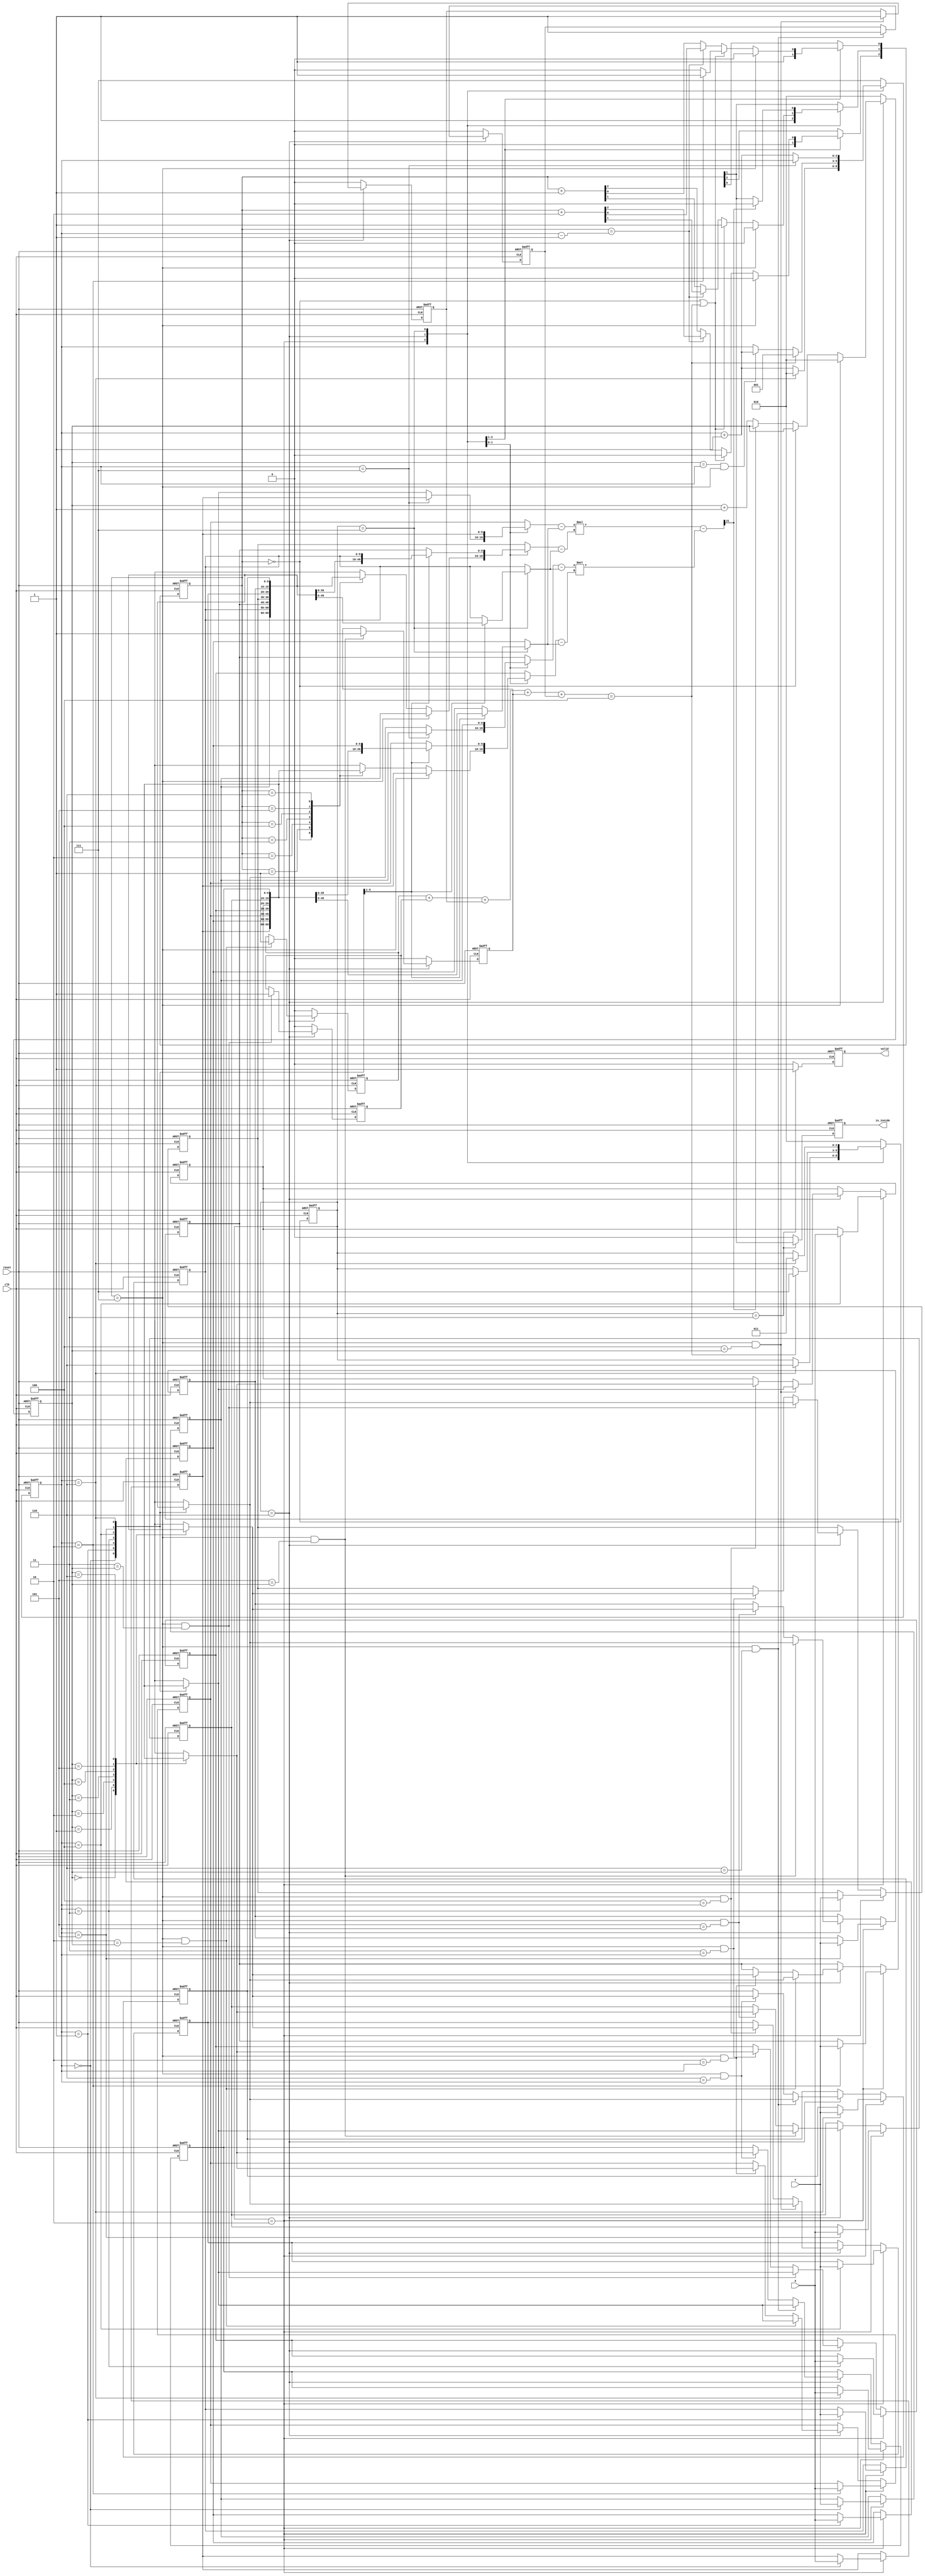
module geofence ( clk,reset,X,Y,valid,is_inside);
input clk;
input reset;
input [9:0] X;
input [9:0] Y;
output reg valid;
output reg is_inside;
//reg valid;
//reg is_inside;

// --------------------------------------------------------------
// parameter
// --------------------------------------------------------------
parameter S_IDLE   = 3'b010;
// parameter S_INPUT  = 3'b010;
parameter S_SORT   = 3'b110;
parameter S_CAL    = 3'b111;
parameter S_OUTPUT = 3'b011;


// --------------------------------------------------------------
// regs & genvar
// --------------------------------------------------------------
genvar i;
wire signed [21:0] product;
wire signed [10:0] A_s[1:0], B_s[1:0], C_s[1:0];
reg  [9:0] A[1:0], B[1:0], C[1:0];
reg  [9:0] A_nxt[1:0], B_nxt[1:0], C_nxt[1:0];
reg  [9:0] pos_x[6:0], pos_y[6:0];
reg [4:0] flag;
wire [2:0] flag_sum;
reg [2:0] pointer, cnt_sort, cnt;
reg [2:0] cs, ns;


// --------------------------------------------------------------
// design
// --------------------------------------------------------------

// sort :
// keep choose two point and get the upper point and lower point to find all
// clockwise position
// plan : keep choose pos 0 
// and first choose 1
// worst case
// choose 1 and get all lower than pos 1=> [1] [2] [3] [4] [5]
// choose 2 and get 3 upper 4 5 lower => [1] [3] [2] [4] [5]
// choose 3
// choose 4
// use one pointer to find the index of choose number => see through oll
// number add pointer when found number upper than choose number



// product : 20bit => warning for 30ns
// plan a : do direct => cons : 2*(10x10)multiplier
// plan b : do twice  => cons : 20 bit register
// assign product = (A[0] - C[0])*(B[1] - C[1]) - (A[1] - C[1])*(B[0] - C[0]);
assign product = (A_s[0] - C_s[0])*(B_s[1] - C_s[1]) - (A_s[1] - C_s[1])*(B_s[0] - C_s[0]);
generate 
for (i = 0; i < 2; i = i + 1) begin
    assign A_s[i] = {1'b0, A[i]};
    assign B_s[i] = {1'b0, B[i]};
    assign C_s[i] = {1'b0, C[i]};
end
endgenerate 
always @(*) begin
    case (cs)
        S_SORT : begin
            C[0] = pos_x[1];
            C[1] = pos_y[1];
            A[0] = (cnt == 3'd7) ? pos_x[0] : pos_x[cnt];
            A[1] = (cnt == 3'd7) ? pos_y[0] : pos_y[cnt];
            B[0] = (cnt_sort == 3'd7) ? pos_x[0] : pos_x[cnt_sort];
            B[1] = (cnt_sort == 3'd7) ? pos_y[0] : pos_y[cnt_sort];
        end
        S_CAL : begin
            A[0] = pos_x[0]; 
            A[1] = pos_y[0];
            case (cnt) 
                3'd1 : begin
                    C[0] = pos_x[2];
                    C[1] = pos_y[2];
                    B[0] = pos_x[3];
                    B[1] = pos_y[3];
                end
                3'd2 : begin 
                    C[0] = pos_x[3];
                    C[1] = pos_y[3];
                    B[0] = pos_x[4];
                    B[1] = pos_y[4];
                end
                3'd3 : begin
                    C[0] = pos_x[4];
                    C[1] = pos_y[4];
                    B[0] = pos_x[5];
                    B[1] = pos_y[5];
                end
                3'd4 : begin
                    C[0] = pos_x[5];
                    C[1] = pos_y[5];
                    B[0] = pos_x[6];
                    B[1] = pos_y[6];
                end
                3'd5 : begin
                    C[0] = pos_x[6];
                    C[1] = pos_y[6];
                    B[0] = pos_x[1];
                    B[1] = pos_y[1];
                end
                default : begin
                    C[0] = pos_x[1];
                    C[1] = pos_y[1];
                    B[0] = pos_x[2];
                    B[1] = pos_y[2];
                end
            endcase 
        end
        default : begin
            A[0] = pos_x[2];
            A[1] = pos_y[2];
            B[0] = pos_x[3];
            B[1] = pos_y[3];
            C[0] = pos_x[1];
            C[1] = pos_y[1];
        end
    endcase 

end
// always @(*) begin
//     // mux for ax ay bx by
//     case (cs) 
//         S_IDLE : begin
//             A_nxt[0] = pos_x[2];
//             A_nxt[1] = pos_y[2];
//             B_nxt[0] = pos_x[3];
//             B_nxt[1] = pos_y[3];
//             C_nxt[0] = pos_x[1];
//             C_nxt[1] = pos_y[1];
//         end
//         S_SORT : begin
//             C_nxt[0] = pos_x[1];
//             C_nxt[1] = pos_y[1];
//             if (flag_sum == 3'd4) begin
//                 // initialize for a[] b[] for s_cal
//                 // as vector ac is opposite => hence all test product should
//                 // be all positive with clockwise test
//                 A_nxt[0] = pos_x[0];
//                 A_nxt[1] = pos_y[0];
//                 B_nxt[0] = pos_x[2];
//                 B_nxt[1] = pos_y[2];
//             end
//             else begin
//                 if (cnt_sort == 3'd0) begin
//                     case (cnt) // do not need to reset A
//                         3'd2 : begin
//                             A_nxt[0] = (flag[0] == 1'b1) ? pos_x[3] : pos_x[2];
//                             A_nxt[1] = (flag[0] == 1'b1) ? pos_y[3] : pos_y[2];
//                         end                                                   
//                         3'd3 : begin                                          
//                             A_nxt[0] = (flag[1] == 1'b1) ? pos_x[4] : pos_x[3];
//                             A_nxt[1] = (flag[1] == 1'b1) ? pos_y[4] : pos_y[3];
//                         end                                                   
//                         3'd4 : begin                                          
//                             A_nxt[0] = (flag[2] == 1'b1) ? pos_x[5] : pos_x[4];
//                             A_nxt[1] = (flag[2] == 1'b1) ? pos_y[5] : pos_y[4];
//                         end                                                   
//                         3'd5 : begin                                          
//                             A_nxt[0] = (flag[3] == 1'b1) ? pos_x[6] : pos_x[5];
//                             A_nxt[1] = (flag[3] == 1'b1) ? pos_y[6] : pos_y[5];
//                         end
//                         default : begin
//                             A_nxt[0] = pos_x[0];
//                             A_nxt[1] = pos_y[0];
//                         end
//                     endcase  
//                 end
//                 else begin
//                     A_nxt[0] = A[0];
//                     A_nxt[1] = A[1];
//                 end 
//                 case (cnt_sort) 
//                     3'd2 : begin
//                         B_nxt[0] = (cnt - 3'd1 == cnt_sort) ? pos_x[4] : pos_x[3];
//                         B_nxt[1] = (cnt - 3'd1 == cnt_sort) ? pos_y[4] : pos_y[3];
//                     end                                            
//                     3'd3 : begin                                   
//                         B_nxt[0] = (cnt - 3'd1 == cnt_sort) ? pos_x[5] : pos_x[4];
//                         B_nxt[1] = (cnt - 3'd1 == cnt_sort) ? pos_y[5] : pos_y[4];
//                                                                    
//                     end                                            
//                     3'd4 : begin                                   
//                         B_nxt[0] = (cnt - 3'd1 == cnt_sort) ? pos_x[6] : pos_x[5];
//                         B_nxt[1] = (cnt - 3'd1 == cnt_sort) ? pos_y[6] : pos_y[5];
//                     end                                            
//                     3'd5 : begin                                   
//                         B_nxt[0] = pos_x[6];
//                         B_nxt[1] = pos_y[6];
//                     end
//                     default : begin
//                         B_nxt[0] = (cnt == 3'd2) ? pos_x[3] : pos_x[2];
//                         B_nxt[1] = (cnt == 3'd2) ? pos_y[3] : pos_y[2];
//                     end
//                 endcase  
//             end
//         end
//         S_CAL : begin
//             A_nxt[0] = pos_x[0]; 
//             A_nxt[1] = pos_y[0];
//             case (cnt) 
//                 3'd1 : begin
//                     C_nxt[0] = pos_x[2];
//                     C_nxt[1] = pos_y[2];
//                     B_nxt[0] = pos_x[3];
//                     B_nxt[1] = pos_y[3];
//                 end
//                 3'd2 : begin 
//                     C_nxt[0] = pos_x[3];
//                     C_nxt[1] = pos_y[3];
//                     B_nxt[0] = pos_x[4];
//                     B_nxt[1] = pos_y[4];
//                 end
//                 3'd3 : begin
//                     C_nxt[0] = pos_x[4];
//                     C_nxt[1] = pos_y[4];
//                     B_nxt[0] = pos_x[5];
//                     B_nxt[1] = pos_y[5];
//                 end
//                 3'd4 : begin
//                     C_nxt[0] = pos_x[5];
//                     C_nxt[1] = pos_y[5];
//                     B_nxt[0] = pos_x[6];
//                     B_nxt[1] = pos_y[6];
//                 end
//                 3'd5 : begin
//                     C_nxt[0] = pos_x[6];
//                     C_nxt[1] = pos_y[6];
//                     B_nxt[0] = pos_x[1];
//                     B_nxt[1] = pos_y[1];
//                 end
//                 default : begin
//                     C_nxt[0] = pos_x[1];
//                     C_nxt[1] = pos_y[1];
//                     B_nxt[0] = pos_x[2];
//                     B_nxt[1] = pos_y[2];
//                 end
//             endcase
//         end
//         default : begin
//             A_nxt[0] = pos_x[2];
//             A_nxt[1] = pos_y[2];
//             B_nxt[0] = pos_x[3];
//             B_nxt[1] = pos_y[3];
//             C_nxt[0] = pos_x[1];
//             C_nxt[1] = pos_y[1];
//         end
//     endcase
// end
// generate
// for (i = 0; i < 2; i = i + 1) begin
//     always @(posedge clk or posedge reset) begin
//         if (reset) begin
//             A[i] <= 11'd0;
//             B[i] <= 11'd0;
//             C[i] <= 11'd0;
//         end
//         else begin
//             A[i] <= {1'b0, A_nxt[i]};
//             B[i] <= {1'b0, B_nxt[i]};
//             C[i] <= {1'b0, C_nxt[i]};
//         end
//     end
// end
// endgenerate

// pos register : 0 for the target
generate
for (i = 0; i < 7; i = i + 1) begin
    always @(posedge clk or posedge reset) begin
        if (reset) begin
            pos_x[i] <= 10'd0;
            pos_y[i] <= 10'd0;
        end
        else if (cs == S_IDLE) begin
            if (cnt == i) begin
                pos_x[i] <= X;
                pos_y[i] <= Y;
            end 
            else begin
                pos_x[i] <= pos_x[i];
                pos_y[i] <= pos_y[i];
            end 
        end
        else if (cs == S_SORT) begin
            if (i == 0 || i == 1) begin
                pos_x[i] <= pos_x[i];
                pos_y[i] <= pos_y[i];
            end
            else begin
                if (cnt_sort == 3'd7 && i == pointer) begin
                    // two 10 bits 7 to 1 mux
                    pos_x[i] <= pos_x[cnt];    
                    pos_y[i] <= pos_y[cnt];
                end
                else if (cnt_sort == 3'd7 && i == cnt) begin
                    pos_x[i] <= pos_x[pointer];
                    pos_y[i] <= pos_y[pointer];
                end
                else begin
                    pos_x[i] <= pos_x[i];
                    pos_y[i] <= pos_y[i];
                end
            end
        end
        else begin
            pos_x[i] <= pos_x[i];
            pos_y[i] <= pos_y[i];
        end
    end
end
endgenerate

generate 
for (i = 0; i < 5; i = i + 1) begin
    always @(posedge clk or posedge reset) begin
        if (reset) flag[i] <= 1'b0;
        else if (cs == S_SORT) begin
            if (cnt_sort == 3'd7 && i + 2 == pointer) flag[i] <= 1'b1;      // use only flag_sum 
            else                                      flag[i] <= flag[i];
        end
        else flag[i] <= 1'b0;
    end
end
endgenerate

// counter
always @(posedge clk or posedge reset) begin
    if (reset) pointer <= 3'd2;
    else if (cs == S_SORT) begin
        if (cnt_sort == 3'd7) pointer <= 3'd2;
        else if (cnt_sort == 3'd0) pointer <= pointer;
        else if (product[21] == 1'b0) pointer <= pointer + 3'd1; // product delay one cycle
        else pointer <= pointer;
    end
    else pointer <= 3'd2;
end

always @(posedge clk or posedge reset) begin
    if (reset) cnt_sort <= 3'd3;
    else begin
        case (cs)
            S_IDLE : cnt_sort <= 3'd3;
            S_SORT : begin
                if (cnt_sort == 3'd7) cnt_sort <= 3'd0; // cnt_sort == 7 -> pointer cannot be record for the flag register
                else if (cnt_sort == 3'd0 || flag_sum == 3'd4) cnt_sort <= (cnt == 3'd2) ? 3'd3 : 3'd2; // cnt_sort == 7 -> pointer cannot be record for the flag register
                else if (cnt_sort == (cnt - 3'd1)) cnt_sort <= cnt_sort + 3'd2;
                else cnt_sort <= cnt_sort + 3'd1;
            end
            S_CAL : begin
                // cnt_sort initialize be 3'b010
                cnt_sort[2] <= cnt_sort[2];
                cnt_sort[1] <= (product[21] == 1'b1) ? 1'b0 : cnt_sort[1]; // all must be positive
                cnt_sort[0] <= cnt_sort[0];
            end
            default : cnt_sort <= cnt_sort;
        endcase
    end
end

assign flag_sum = flag[0] + flag[1] + flag[2] + flag[3] + flag[4];
always @(posedge clk or posedge reset) begin
    if (reset) cnt <= 3'd0;
    else begin
        case (cs) 
            S_IDLE : cnt <= (cnt == 3'b110) ? 3'd2 : cnt + 3'd1; // pos[1] must be the head of sort hence only choose for the rest number 
            S_SORT : begin
                if (flag_sum == 3'd4) cnt <= 3'd1;
                else begin
                    cnt <= (pointer == cnt && cnt_sort == 3'd7) ? cnt + 3'd1 : cnt;
                    // case (cnt) 
                    //     3'd2 : cnt <= (flag[0] == 1'b1) ? 3'd3 : 3'd2;
                    //     3'd3 : cnt <= (flag[1] == 1'b1) ? 3'd4 : 3'd3;
                    //     3'd4 : cnt <= (flag[2] == 1'b1) ? 3'd5 : 3'd4;
                    //     3'd5 : cnt <= (flag[3] == 1'b1) ? 3'd6 : 3'd5;
                    //     3'd6 : cnt <= (flag[4] == 1'b1) ? 3'd7 : 3'd6; // ?
                    //     default : cnt <= 3'd1;
                    // endcase
                end
            end
            S_CAL : cnt <= (cnt == 3'b111) ? cnt : cnt + 3'd1;
            default : cnt <= 3'd7;
        endcase
    end 
end


// state machine
always @(*) begin
    case (cs) 
        // S_IDLE : ns = (!reset) ? S_INPUT : cs;
        S_IDLE : ns = (cnt == 3'b110) ? S_SORT : cs;
        S_SORT : ns = (flag_sum == 3'd4) ? S_CAL : cs; // 4 place right => last must be right => only check for first 4 number
        S_CAL : ns = (cnt == 3'd6) ? S_OUTPUT : cs;
        S_OUTPUT : ns = S_IDLE;
        default : ns = S_IDLE;
    endcase
end
always @(posedge clk or posedge reset) begin
    if (reset) cs <= S_IDLE;
    else       cs <= ns;        
end


// output
always @(posedge clk or posedge reset) begin
    if (reset)               valid <= 1'b0;
    else if (cs == S_OUTPUT) valid <= 1'b1;
    else                     valid <= 1'b0; 
end

always @(posedge clk or posedge reset) begin
    if (reset)               is_inside <= 1'b0;
    else if (cs == S_OUTPUT) is_inside <= cnt_sort[1];
    else                     is_inside <= 1'b0; 
end

endmodule